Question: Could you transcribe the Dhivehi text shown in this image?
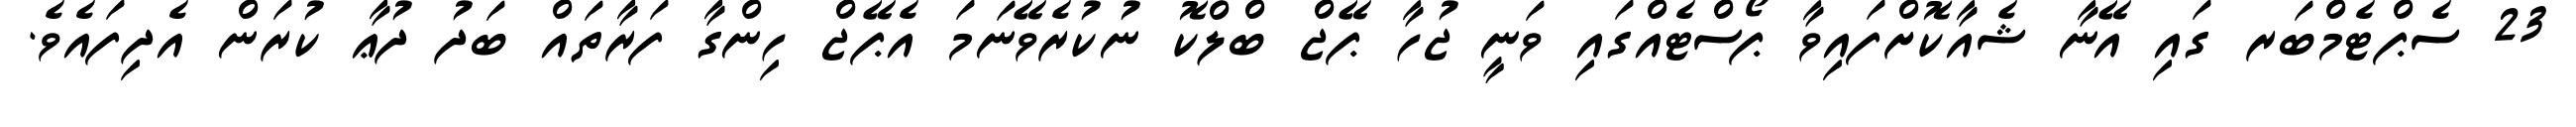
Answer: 23 ސެޕްޓެމްބަރ ގައި އޭނާ ޝެއާކޮށްފައިވާ ޕޯސްޓެއްގައި ވަނީ ޖުހާ ޕޭޖް ބްލްކޮ ނުކުރެވޭނަމަ އެޕޭޖް ހިންގާ ފަރާތައް ބަދު ދުޢާ ކުރަން އެދިފައެވެ.